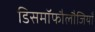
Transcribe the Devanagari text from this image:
डिसमॉफौलौजियाँ